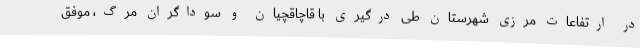
در ارتفاعات مرزی شهرستان طی درگیری با قاچاقچیان و سوداگران مرگ، موفق